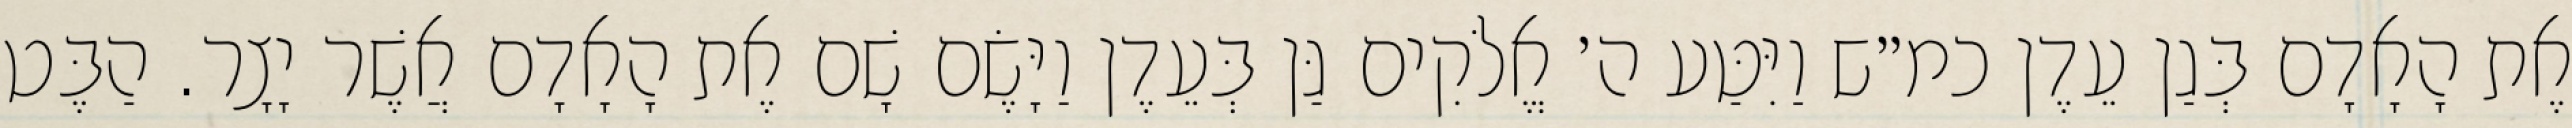
אֶת הָאָדָם בְּגַן עֵדֶן כמ״ש וַיִּטַּע ה׳ אֱלֹקִים גַּן בְּעֵדֶן וַיָּשֶׂם שָׁם אֶת הָאָדָם אֲשֶׁר יָצָר. הַבֶּט